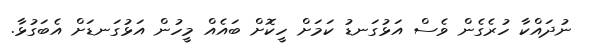
ނުދައްކާ ހުރެގެން ވެސް އަޅުގަނޑު ކަމަށް ހީކޮށް ބައެއް މީހުން އަޅުގަނޑަށް އެބަގުޅާ.